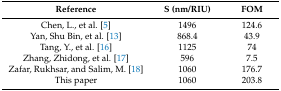
| Reference | S (nm/RIU) | FOM |
 | --- | --- | --- |
 | Chen, L., et al. [5] | 1496 | 124.6 |
 | Yan, Shu Bin, et al. [13] | 868.4 | 43.9 |
 | Tang, Y., et al. [16] | 1125 | 74 |
 | Zhang, Zhidong, et al. [17] | 596 | 7.5 |
 | Zafar, Rukhsar, and Salim, M. [18] | 1060 | 176.7 |
 | This paper | 1060 | 203.8 |